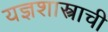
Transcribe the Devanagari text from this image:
यज्ञशास्त्राची